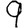
Digit: 9